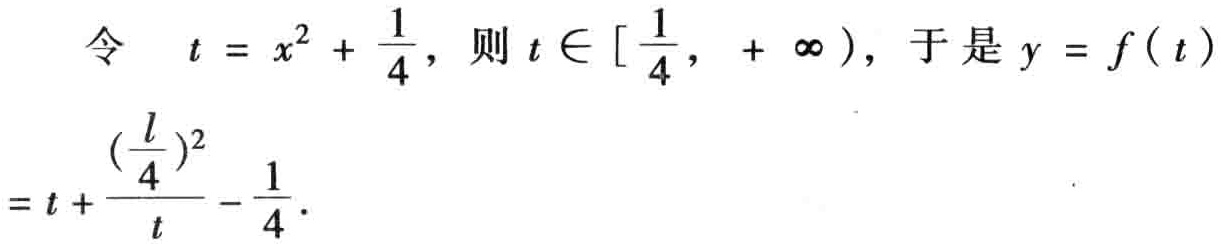
\[
\begin{align*}
&\text{令}\quad t = x^{2}+\frac{1}{4}，\text{则}t\in[\frac{1}{4},+\infty)，\text{于是}y = f(t)\\
&=t+\frac{(\frac{l}{4})^{2}}{t}-\frac{1}{4}.
\end{align*}
\]